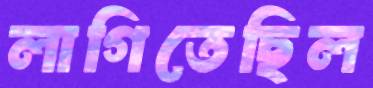
লাগিতেছিল